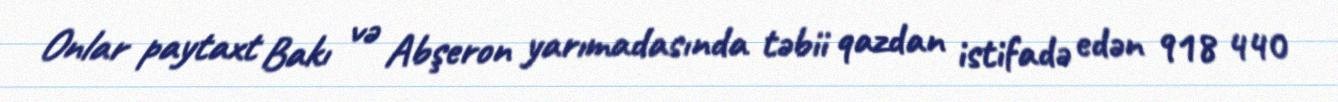
Onlar paytaxt Bakı və Abşeron yarımadasında təbii qazdan istifadə edən 918 440